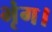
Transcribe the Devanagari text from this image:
भृंग।